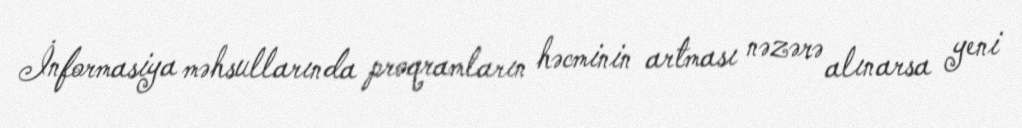
İnformasiya məhsullarında proqramların həcminin artması nəzərə alınarsa yeni